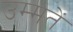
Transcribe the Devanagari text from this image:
उम्मतें